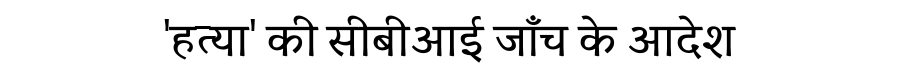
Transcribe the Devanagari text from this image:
'हत्या' की सीबीआई जाँच के आदेश